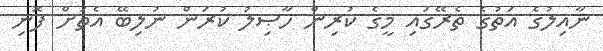
ނާއިލުގެ އަތުގެ ތެރޭގައި މީގެ ކުރިން ހާޞިލު ކުރަން ނުލިބޭ އެތަށް ފޮނި